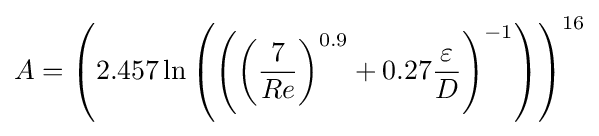
A=\left(2.457\ln \left(\left(\left({\frac {7}{Re}}\right)^{0.9}+0.27{\frac {\varepsilon }{D}}\right)^{-1}\right)\right)^{16}